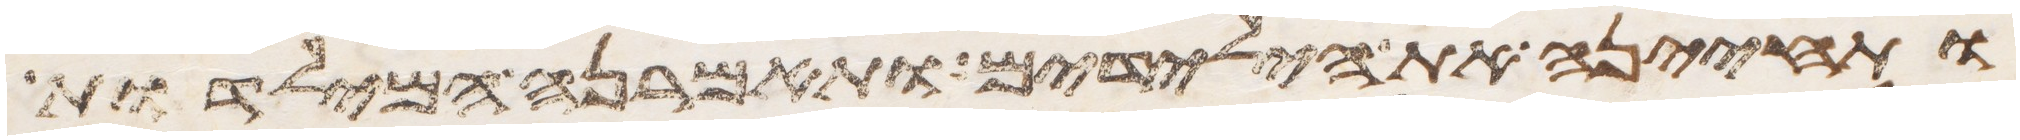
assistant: ותחינה את הילדים ותאמרנה המילדות